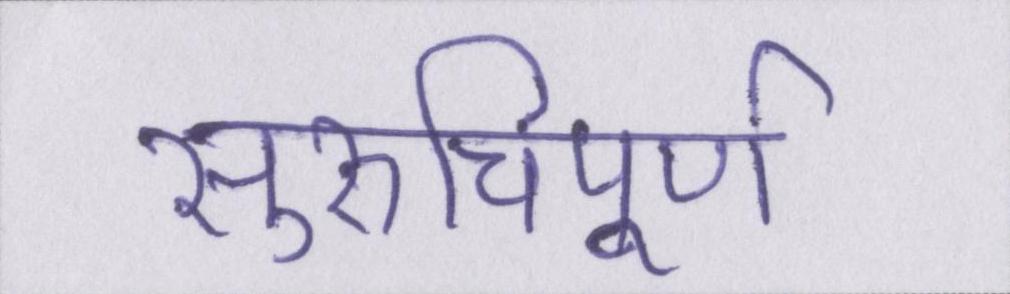
सुरुचिपूर्ण